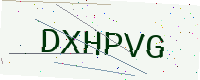
Text: DXHPVG